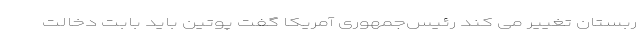
ربستان تغییر می کند رئیس‌جمهوری آمریکا گفت پوتین باید بابت دخالت